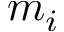
m _ { i }